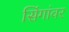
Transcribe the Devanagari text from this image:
सिंगांवर